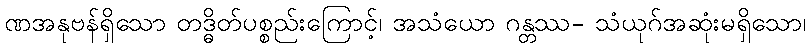
ဏအနုဗန်ရှိသော တဒ္ဓိတ်ပစ္စည်းကြောင့်၊ အသံယော ဂန္တဿ- သံယုဂ်အဆုံးမရှိသော၊